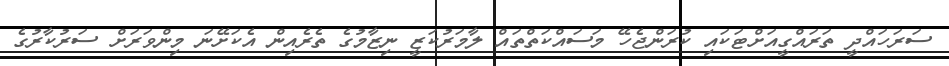
ސަރަހައްދީ ތަރައްގީއަށްޓަކައި ކުރަންޖެހޭ މަސައްކަތްތައް ލާމަރުކަޒީ ނިޒާމުގެ ތެރެއިން އެކަށޭނަ މިންވަރަށް ސަރުކާރުގެ